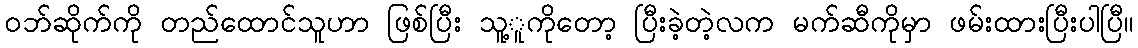
ဝဘ်ဆိုက်ကို တည်ထောင်သူဟာ ဖြစ်ပြီး သူ့ူကိုတော့ ပြီးခဲ့တဲ့လက မက်ဆီကိုမှာ ဖမ်းထားပြီးပါပြီ။